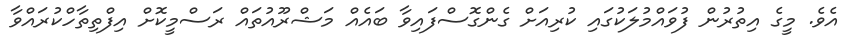
އެވެ. މީގެ އިތުރުން ފުވައްމުލަކުގައި ކުރިއަށް ގެންގޮސްފައިވާ ބައެއް މަޝްރޫއުތައް ރަސްމީކޮށް އިފްތިތާހްކުރައްވާ